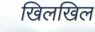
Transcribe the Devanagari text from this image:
खिलखिल